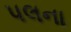
પલના